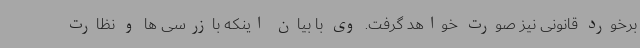
برخورد قانونی نیز صورت خواهد گرفت. وی با بیان اینکه بازرسی ها و نظارت